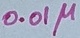
Text: 0.01µ